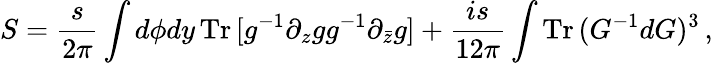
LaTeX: S=\frac{s}{2\pi}\int d\phi dy\, {\mathrm{Tr}}\, [g^{-1}\partial_{z}gg^{-1}\partial_{\bar{z}}g]+\frac{is}{12\pi}\int{\mathrm{Tr}}\, (G^{-1}dG)^{3}\, ,